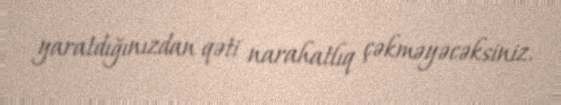
yaratdığınızdan qəti narahatlıq çəkməyəcəksiniz.